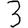
Digit: 3